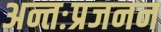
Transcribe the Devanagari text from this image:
अन्तःप्रजनन